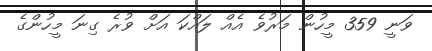
ވަނީ 359 މީހުން މަރުވެ އެއް ލައްކަ އަށް ވުރެ ގިނަ މީހުންގެ